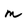
Character: m